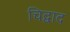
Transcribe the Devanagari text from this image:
चिद्वाद